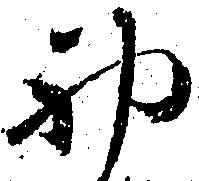
初